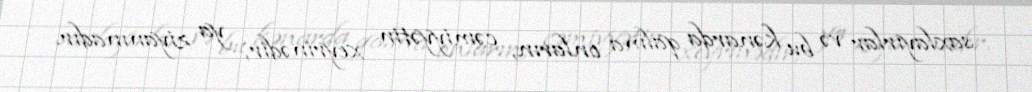
saxlayırlar və bu kənarda qalma onların, cəmiyyətin xeyrinədir, ya ziyanınadır.